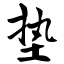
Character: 垫